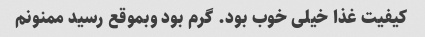
کیفیت غذا خیلی خوب بود. گرم بود وبموقع رسید ممنونم